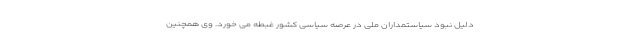
دلیل نبود سیاستمداران ملی در عرصه سیاسی کشور غبطه می خورد. وی همچنین